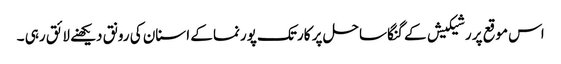
اس موقع پر رشیکیش کے گنگا ساحل پر کارتک پورنما کے اسنان کی رونق دیکھنے لائق رہی ۔